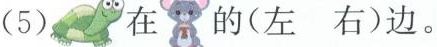
(5) 在 的(左 右)边。